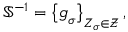
\mathbb { S } ^ { - 1 } = \left\lbrace \boldsymbol { g } _ { \sigma } \right\rbrace _ { Z _ { \sigma } \in \mathcal { Z } } ,